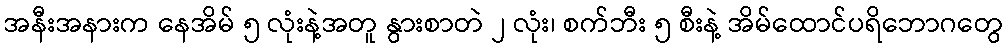
အနီးအနားက နေအိမ် ၅ လုံးနဲ့အတူ နွားစာတဲ ၂ လုံး၊ စက်ဘီး ၅ စီးနဲ့ အိမ်ထောင်ပရိဘောဂတွေ